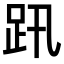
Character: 𧿅